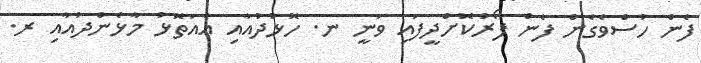
ފެން ހުސްވެގެން ފެން ފޯރުކޮށްދީފައި ވަނީ ނ. ހޮޅުދުއާއި އެއަތޮޅު މާޅެންދުއާއި ރ.